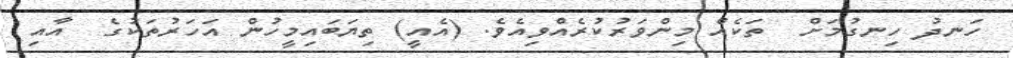
ހަނދު ހިނގުމަށް  ތަކެއް މިންވަރުކުރެއްވިއެވެ. (އެއީ) ތިޔަބައިމީހުން އަހަރުތަކުގެ  އާއި